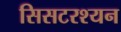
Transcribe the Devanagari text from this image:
सिसटरश्यन